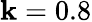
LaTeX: \mathbf{k}=0.8